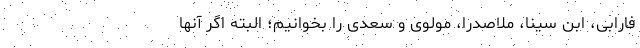
فارابی، ابن سینا، ملاصدرا، مولوی و سعدی را بخوانیم؛ البته اگر آنها